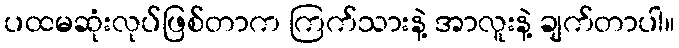
ပထမဆုံးလုပ်ဖြစ်တာက ကြက်သားနဲ့ အာလူးနဲ့ ချက်တာပါ။